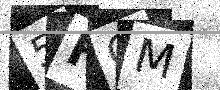
Text: 5FQM